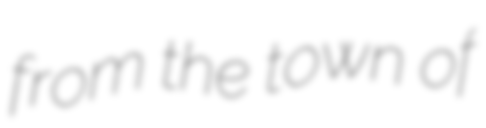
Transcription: from the town of